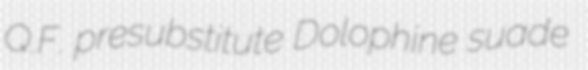
Q.F. presubstitute Dolophine suade